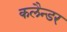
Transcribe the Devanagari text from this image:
कलैन्डर